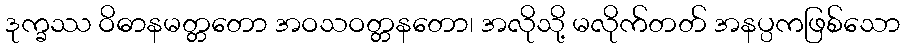
ဒုက္ခဿ ဝိဓာနမတ္တတော အဝသဝတ္တနတော၊ အလိုသို့ မလိုက်တတ် အနပ္ပကဖြစ်သော